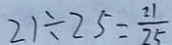
2 1 \div 2 5 = \frac { 2 1 } { 2 5 }